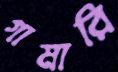
গামারি